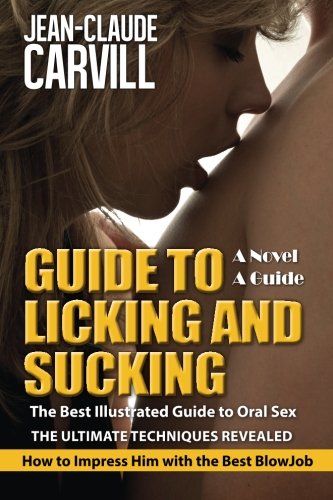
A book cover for Guide to Licking and Sucking - How to Impress Him with the Best BlowJob - The Best Illustrated Guide to Oral Sex - The Ultimate Techniques Revealed: Author of Sex: Women First; Jean-Claude Carvill; Self-Help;